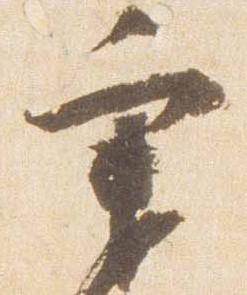
秉